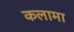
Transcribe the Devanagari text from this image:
कलामा